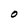
Character: O